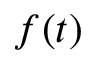
f ( t )